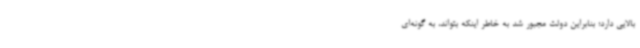
بالایی دارد؛ بنابراین دولت مجبور شد به خاطر اینکه بتواند، به گونه‌ای